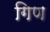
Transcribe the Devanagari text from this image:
गिण